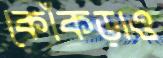
কোঁকড়াও